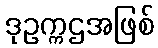
ဒုဥက္ကဌအဖြစ်